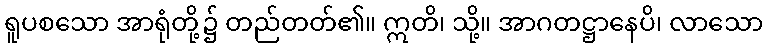
ရူပစသော အာရုံတို့၌ တည်တတ်၏။ ဣတိ၊ သို့။ အာဂတဋ္ဌာနေပိ၊ လာသော